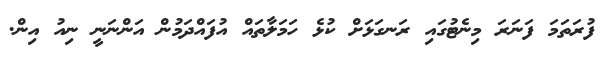
ފުރަތަމަ ފަނަރަ މިނެޓުގައި ރަނގަޅަށް ކުޅެ ހަމަލާތައް އުފައްދަމުން އަންނަނީ ނިއު އިން.